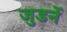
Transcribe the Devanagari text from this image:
जुडनें